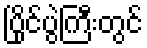
ပြိုင်ပွဲကြီးတွင်